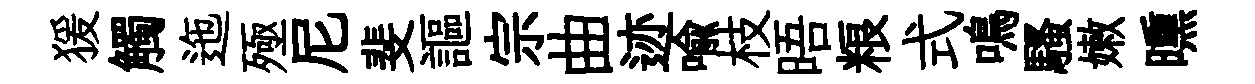
猨觸迤殛尼斐謳宗曲迹喻枝晤粮式鳴騷嫩曛